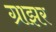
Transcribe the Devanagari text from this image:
ग्राझर